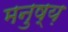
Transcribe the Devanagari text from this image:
मनुष्य़